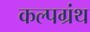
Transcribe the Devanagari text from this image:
कल्पग्रंथ